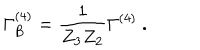
LaTeX: \Gamma _ { \mathrm { B } } ^ { ( 4 ) } = \frac { 1 } { Z _ { 3 } Z _ { 2 } } \Gamma ^ { ( 4 ) } \ .